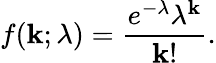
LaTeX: f(\mathbf{k};\lambda)={\frac{{e^{-\lambda}\lambda^{\mathbf{k}}}}{{\mathbf{k}!}}}.